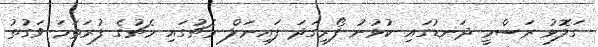
ގަލޮޅު ރަސްމީ ދަނޑުގައި ކުޅުނު ފޯރިގަދަ ފައިނަލް މެޗުގައި މެޗުގެ ފުރަތަމަ ވަގުތު